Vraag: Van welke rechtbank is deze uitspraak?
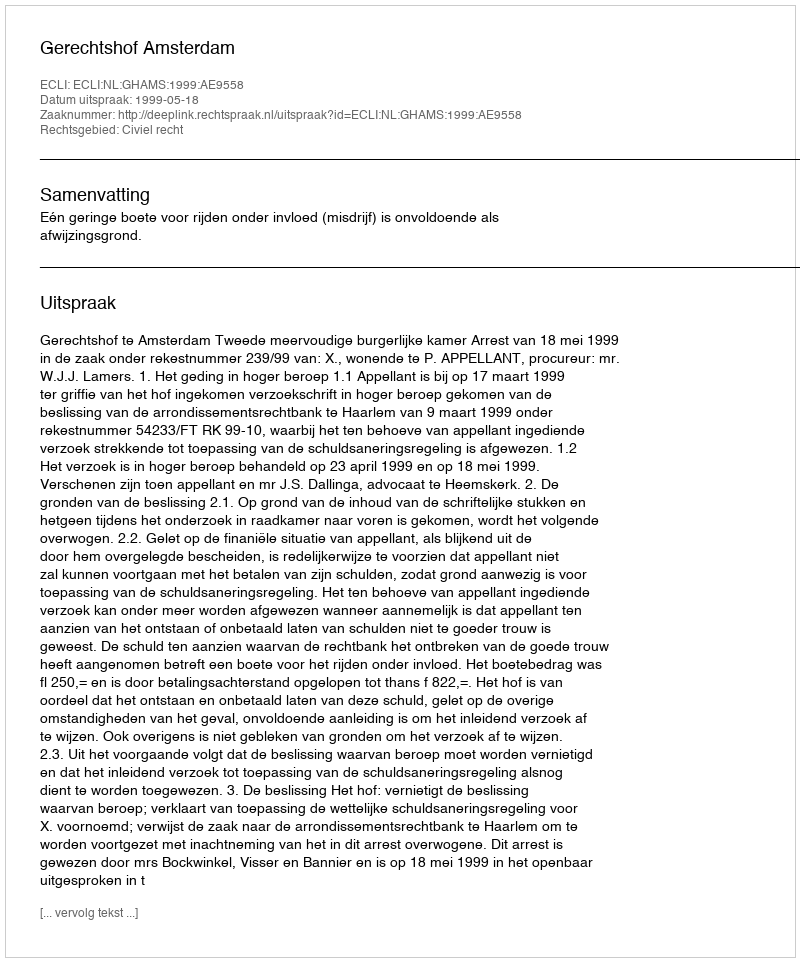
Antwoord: Gerechtshof Amsterdam